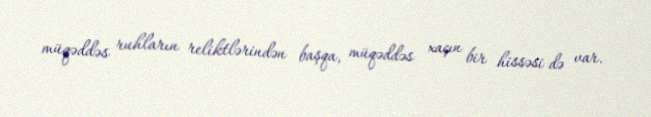
müqəddəs ruhların reliktlərindən başqa, müqəddəs xaçın bir hissəsi də var.